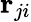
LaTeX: \mathbf{r}_{ji}